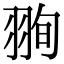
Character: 𦐥